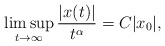
\begin{align*} \limsup\limits_{t\rightarrow\infty}\frac{|x(t)|}{t^\alpha}=C|x_0|,\end{align*}